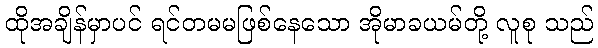
ထိုအချိန်မှာပင် ရင်တမမဖြစ်နေသော အိုမာခယမ်တို့ လူစု သည်